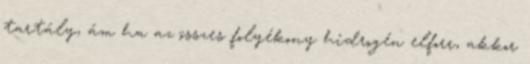
tartály, ám ha az összes folyékony hidrogén elforr, akkor